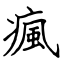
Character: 瘋